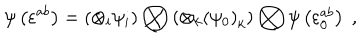
LaTeX: \psi \left( \varepsilon ^ { a b } \right) = \left( \otimes _ { i } \psi _ { i } \right) \bigotimes \left( \otimes _ { k } { \left( \psi _ { 0 } \right) } _ { k } \right) \bigotimes \psi \left( \varepsilon _ { 0 } ^ { a b } \right) \; ,